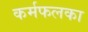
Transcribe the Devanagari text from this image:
कर्मफलका